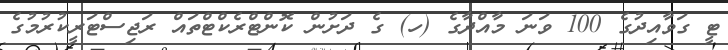
ޓީ ގަވާއިދުގެ 100 ވަނަ މާއްދާގެ (ހ) ގެ ދަށުން ކޮންޓްރެކްޓްތައް ރަޖިސްޓަރީކުރުމުގެ